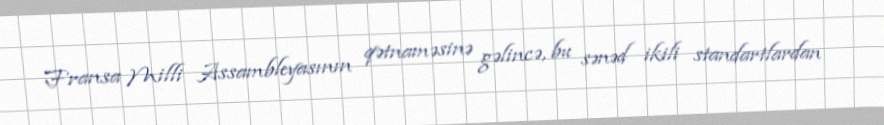
Fransa Milli Assambleyasının qətnaməsinə gəlincə, bu sənəd ikili standartlardan